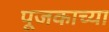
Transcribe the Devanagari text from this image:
पूजकाच्या